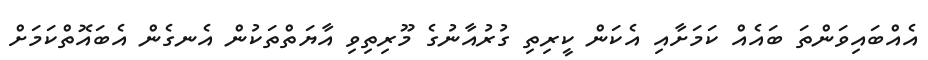
އެއްބައިވަންތަ ބައެއް ކަމަށާއި އެކަން ކީރިތި ގުރުއާނުގެ މޫރިތިވި އާޔަތްތަކުން އެނގެން އެބައޮތްކަމަށް